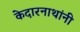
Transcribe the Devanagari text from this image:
केदारनाथांनी